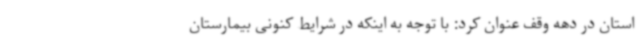
استان در دهه وقف عنوان کرد: با توجه به اینکه در شرایط کنونی بیمارستان